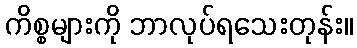
ကိစ္စများကို ဘာလုပ်ရသေးတုန်း။